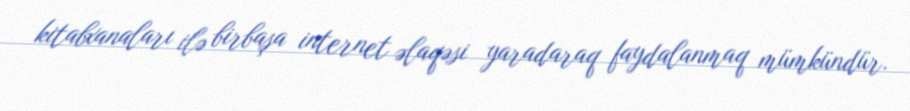
kitabxanaları ilə birbaşa internet əlaqəsi yaradaraq faydalanmaq mümkündür.